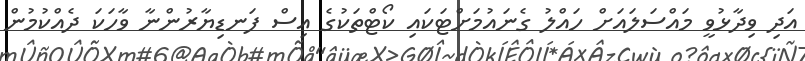
އަދި ވިދާޅުވީ މައްސަލައަށް ހައްލު ގެނައުމަށްޓަކައި ކޯޓްތަކުގެ އިސް ފަނޑިޔާރުންނާ ވާހަކަ ދެއްކުމުން